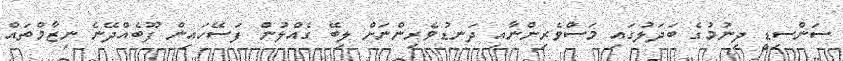
ސަންސިޑީ ދިނުމުގެ ބަދަލުގައި މަސްވެރިންނާއި ދަނޑުވެރިންނަށް ލިބޭ ގެއްލުން ފަސޭހައިން ފޫބެއްދޭނެ ނިޒާމްތައް